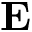
{ \bf E }